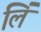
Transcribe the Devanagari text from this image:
लिं